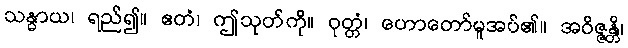
သန္ဓာယ၊ ရည်၍။ ဧတံ၊ ဤသုတ်ကို။ ဝုတ္တံ၊ ဟောတော်မူအပ်၏။ အဝိဇ္ဇန္တိ၊